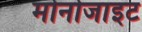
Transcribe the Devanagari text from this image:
मोनोजाइट